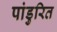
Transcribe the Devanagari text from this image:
पांडुरित